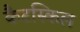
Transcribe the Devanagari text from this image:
कैटस्किल